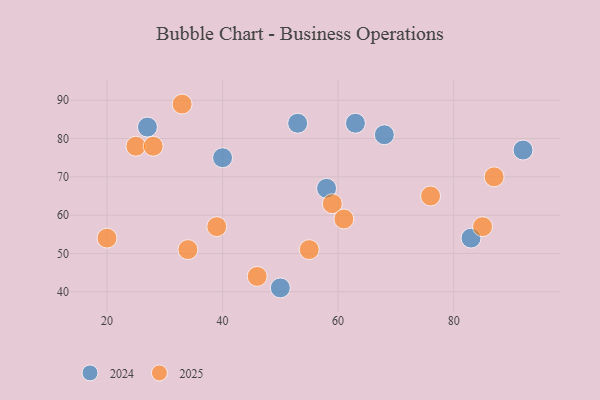
{"axis": {"x": "GDP", "y": "Life Expectancy"}, "legend": ["2024", "2025"], "data": [{"x": "53", "y": 84, "type": "2024"}, {"x": "68", "y": 81, "type": "2024"}, {"x": "92", "y": 77, "type": "2024"}, {"x": "27", "y": 83, "type": "2024"}, {"x": "40", "y": 75, "type": "2024"}, {"x": "63", "y": 84, "type": "2024"}, {"x": "50", "y": 41, "type": "2024"}, {"x": "83", "y": 54, "type": "2024"}, {"x": "58", "y": 67, "type": "2024"}, {"x": "87", "y": 70, "type": "2025"}, {"x": "55", "y": 51, "type": "2025"}, {"x": "59", "y": 63, "type": "2025"}, {"x": "33", "y": 89, "type": "2025"}, {"x": "46", "y": 44, "type": "2025"}, {"x": "85", "y": 57, "type": "2025"}, {"x": "34", "y": 51, "type": "2025"}, {"x": "61", "y": 59, "type": "2025"}, {"x": "25", "y": 78, "type": "2025"}, {"x": "39", "y": 57, "type": "2025"}, {"x": "20", "y": 54, "type": "2025"}, {"x": "76", "y": 65, "type": "2025"}, {"x": "28", "y": 78, "type": "2025"}]}